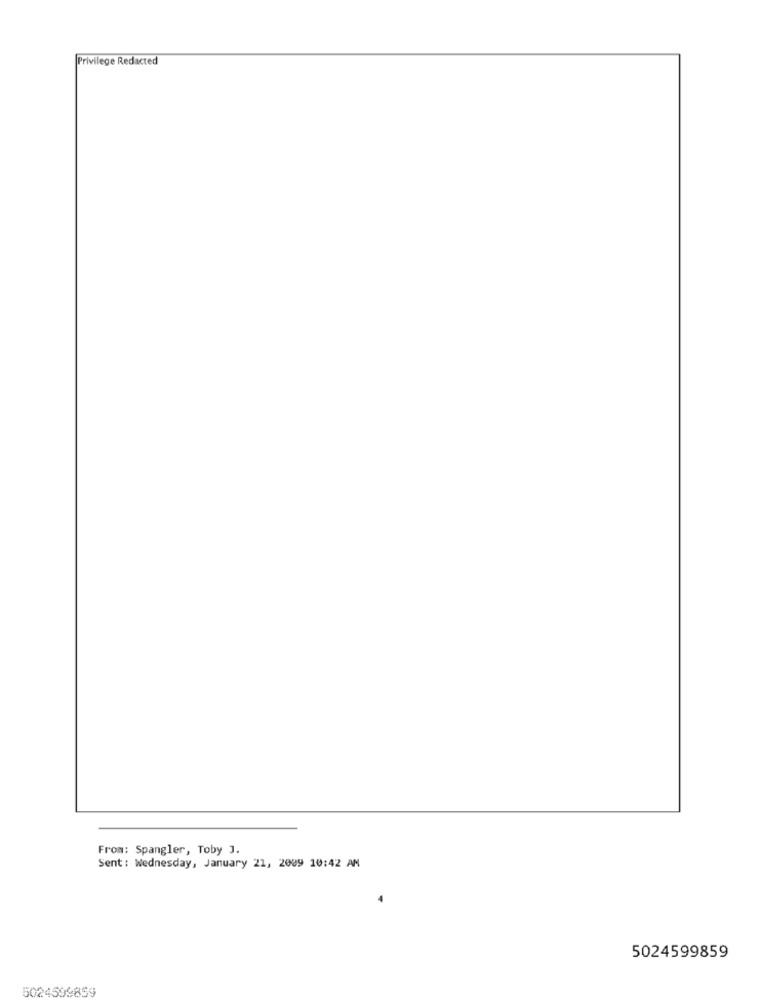
Privilege Redacted
From: Spangler, Toby J.
Sent: Wednesday, January 21, 2009 10:42 AM
5024599859
5024599859